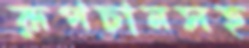
রূপচানসহ